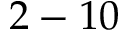
2 - 1 0